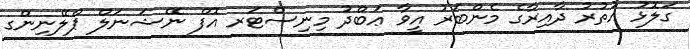
ގަލޮޅު އުތުރު ދާއިރާގެ މެންބަރު އީވާ ޢަބްދު މިނިސްޓަރ އޮފް ނޭޝަނަލް ޕްލޭނިންގ